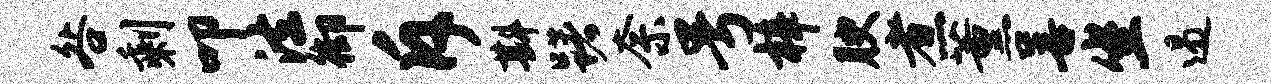
咎剩叩法御斥斟躇奈号梓腴煮薰善坐遏